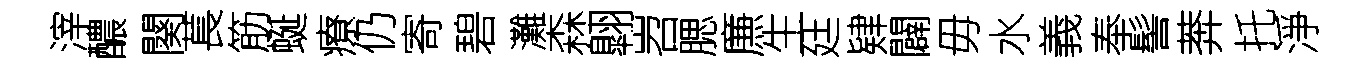
滓醲闋萇筋蜒療仍寄碧灘森翺岧腮㢘生廷肄闢毋水義奉髻莾托淨